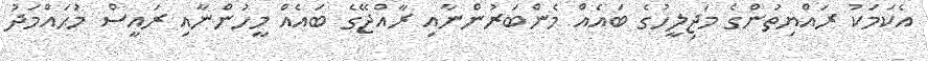
އެކަމަކު ރައްޔިތުންގެ މަޖިލީހުގެ ބައެއް މެންބަރުންނާއި ރާއްޖޭގެ ބައެއް މީހުންނާއި ރައީސް މުޙައްމަދު